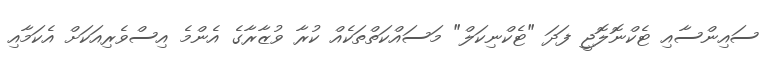
ސައިންސާއި ޓެކްނޮލޮޖީ ފަދަ "ޓެކްނިކަލް" މަސައްކަތްތަކެއް ކުރާ ވުޒާރާގެ އެންމެ އިސްވެރިއަކަށް އެކަމާއި